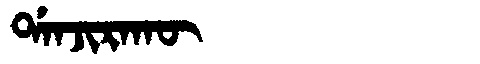
Manchu: ᡩᠠᠨᠵᡳᡵᠠᡴᡡ
Romanization: DANJIRAKŪ